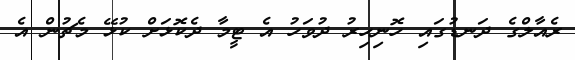
ރެއާލްގެ ދަނޑުގައި ހޮނިހިރު ދުވަހު އެ ޓީމާ ދެކޮޅަށް ކުޅޭ މެޗުން އެ